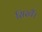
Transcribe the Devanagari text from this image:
सिखैं।